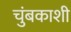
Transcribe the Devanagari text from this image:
चुंबकाशी